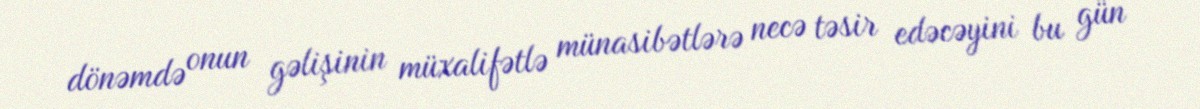
dönəmdə onun gəlişinin müxalifətlə münasibətlərə necə təsir edəcəyini bu gün